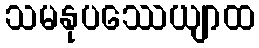
သမနုပဿေယျာထ